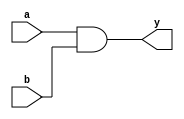
module ContinuousAssignmentExample (
    input wire a,         // Input signal a
    input wire b,         // Input signal b
    output wire y         // Output signal y
);

// Continuous assignment using the assign statement
assign y = a & b;      // y is continuously assigned the bitwise AND of a and b

endmodule